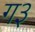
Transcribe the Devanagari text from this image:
ग३